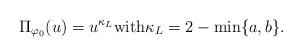
LaTeX: \begin{align*}\Pi_{\varphi_0 }(u)=u^{\kappa_L} \textrm{with} \kappa_L=2-\min\{a,b\}.\end{align*}